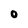
Character: O